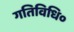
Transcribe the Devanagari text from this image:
गतिविधि०